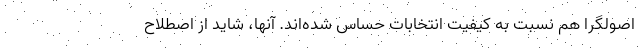
اصولگرا هم نسبت به کیفیت انتخابات حساس شده‌اند. آنها، شاید از اصطلاح